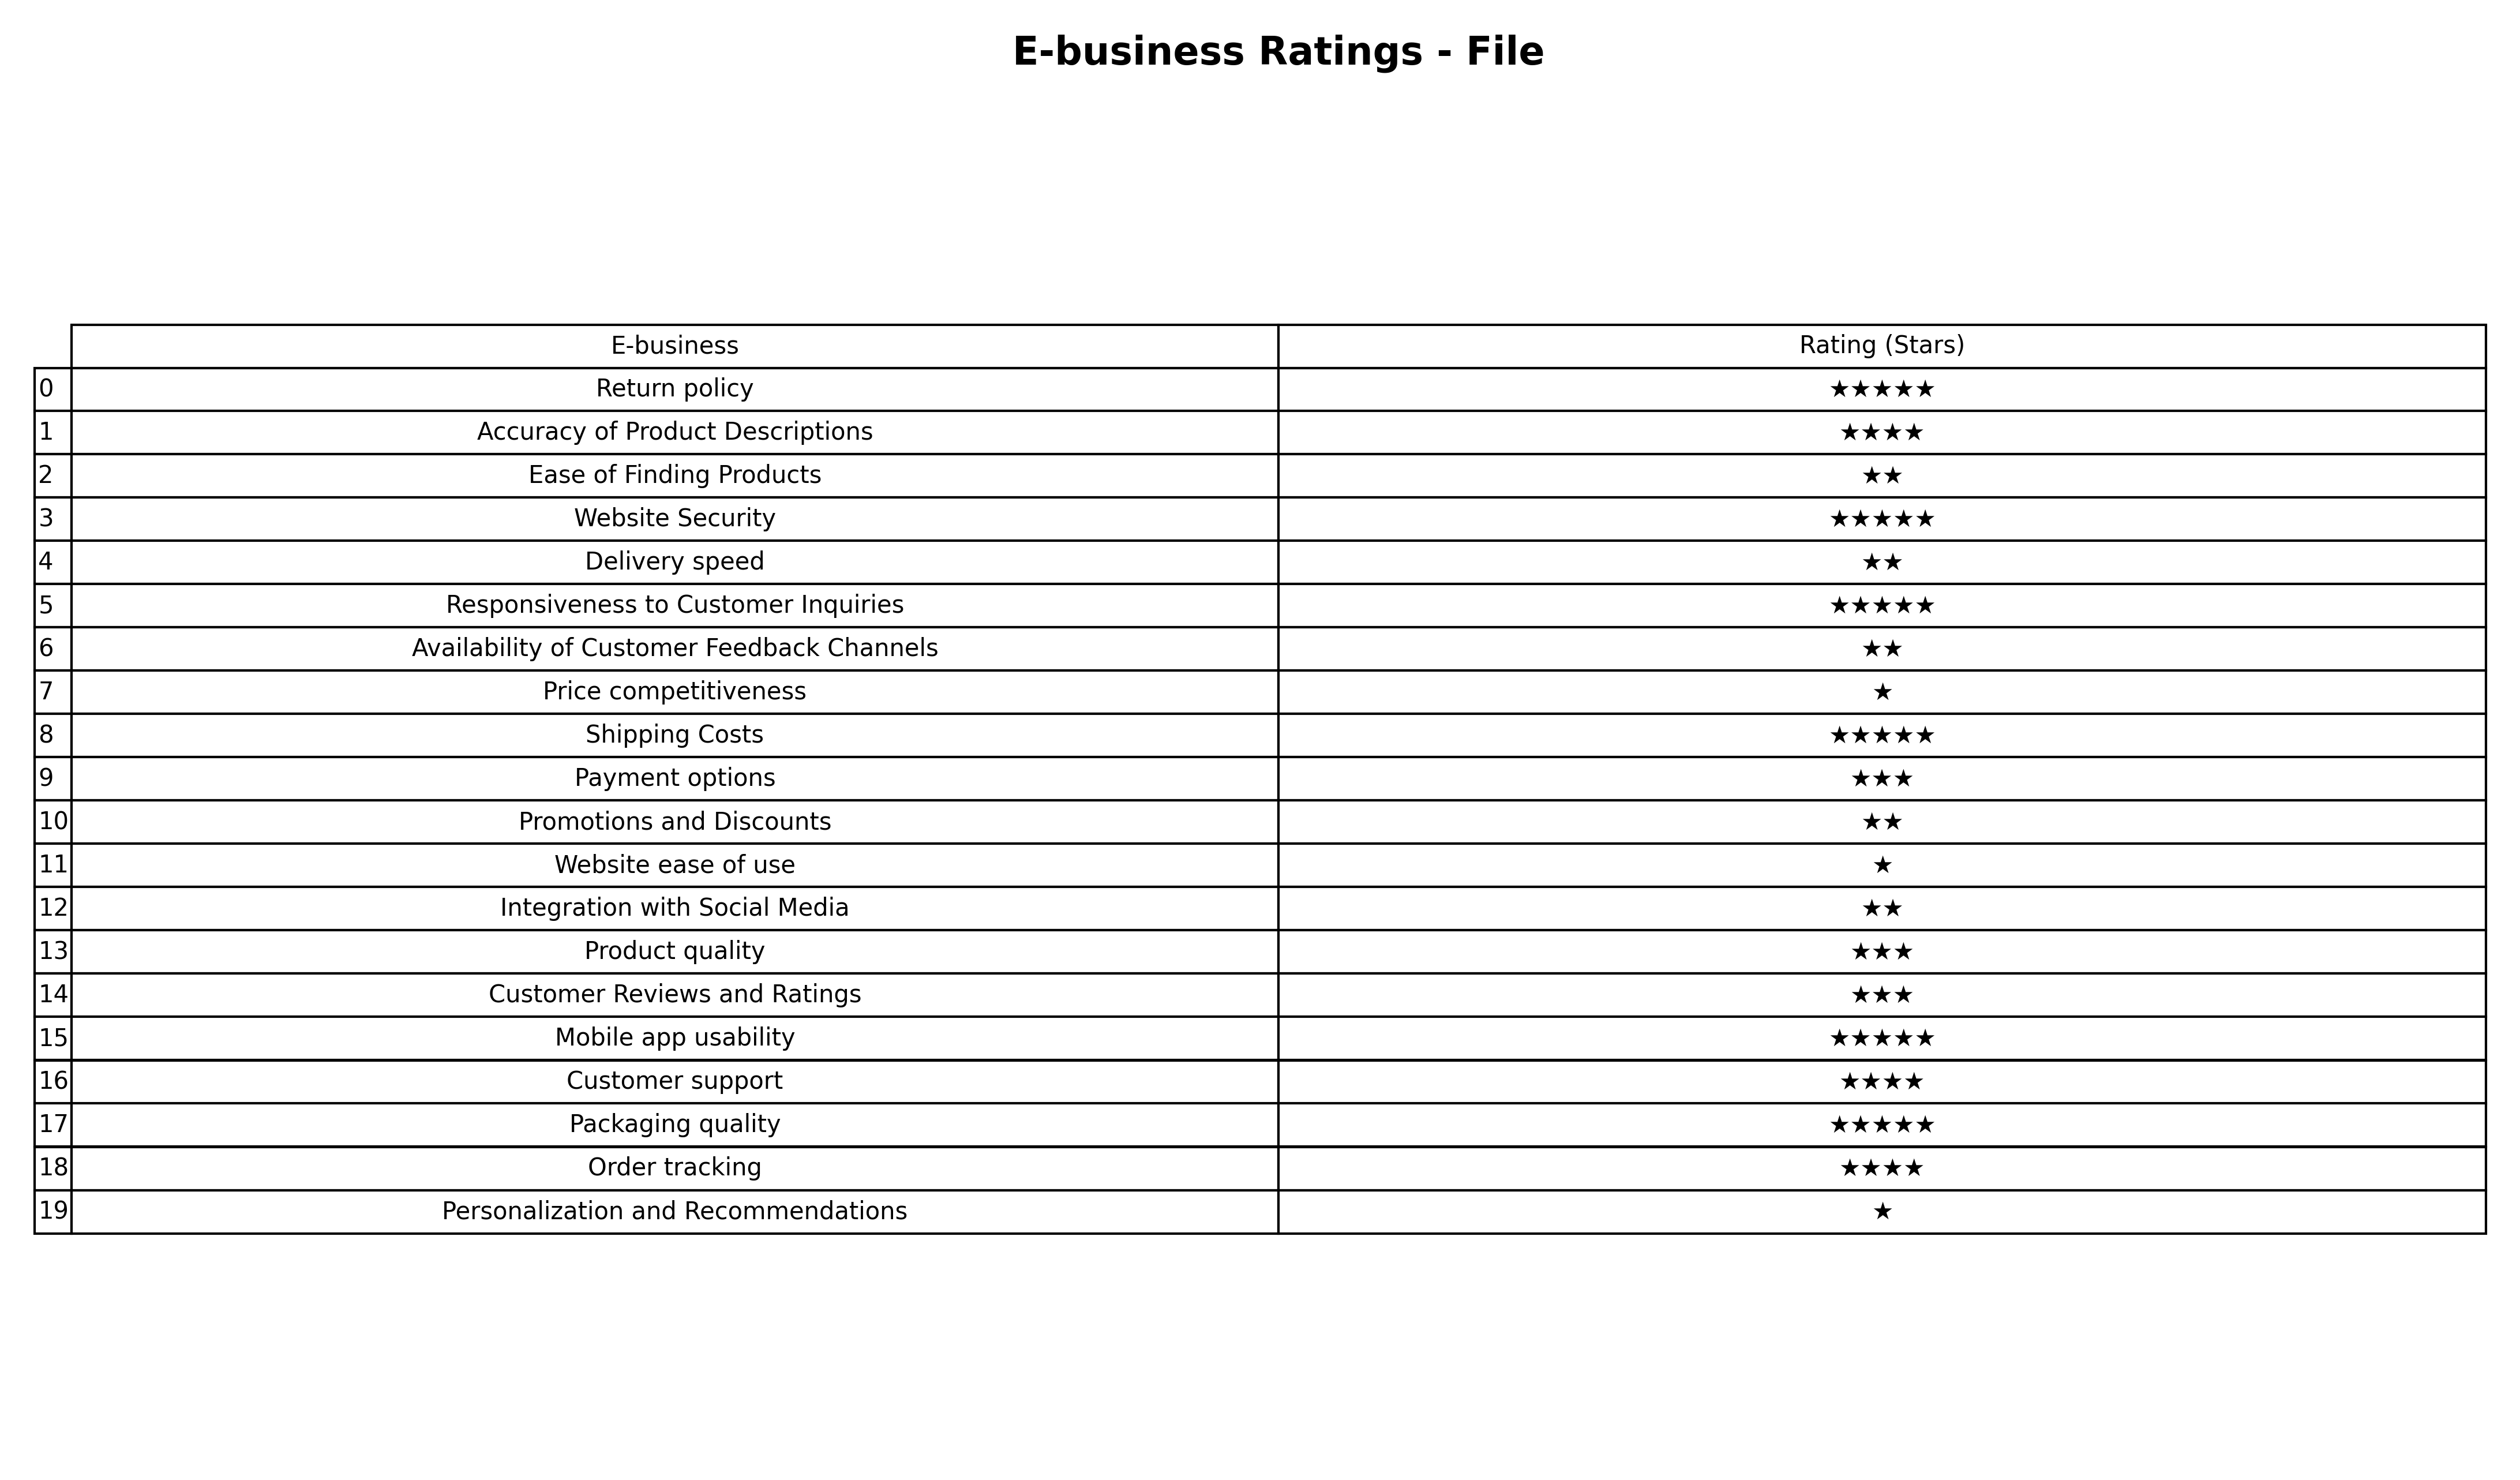
question: What are five star services?
answer: Return policyWebsite SecurityResponsiveness to Customer InquiriesShipping CostsMobile app usabilityPackaging quality